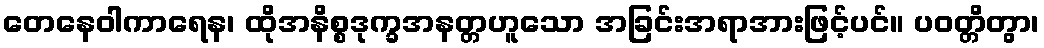
တေနေဝါကာရေန၊ ထိုအနိစ္စဒုက္ခအနတ္တဟူသော အခြင်းအရာအားဖြင့်ပင်။ ပဝတ္တိတွာ၊